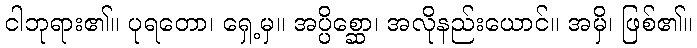
ငါဘုရား၏။ ပုရတော၊ ရှေ့မှ။ အပ္ပိစ္ဆော၊ အလိုနည်းယောင်။ အမှိ၊ ဖြစ်၏။